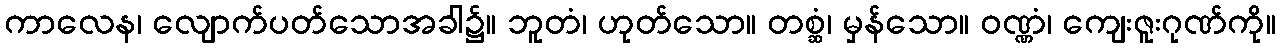
ကာလေန၊ လျောက်ပတ်သောအခါ၌။ ဘူတံ၊ ဟုတ်သော။ တစ္ဆံ၊ မှန်သော။ ဝဏ္ဏံ၊ ကျေးဇူးဂုဏ်ကို။